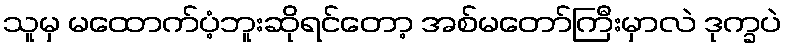
သူမှ မထောက်ပံ့ဘူးဆိုရင်တော့ အစ်မတော်ကြီးမှာလဲ ဒုက္ခပဲ